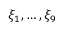
\xi _ { 1 } , \ldots , \xi _ { 9 }